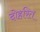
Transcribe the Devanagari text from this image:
दोहरित